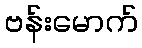
ဗန်းမောက်